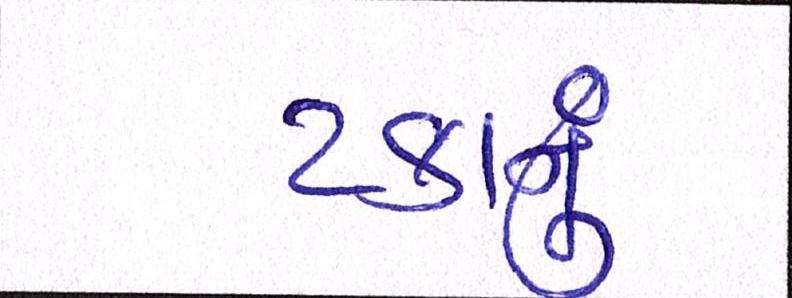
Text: ટકાનું